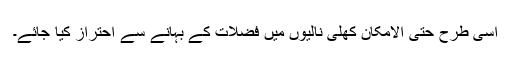
اسی طرح حتی الامکان کھلی نالیوں میں فضلات کے بہانے سے احتراز کیا جائے۔